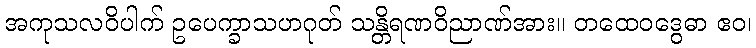
အကုသလဝိပါက် ဥပေက္ခာသဟဂုတ် သန္တိရဏဝိညာဏ်အား။ တထေဝဒွေဓာ ဧဝ၊